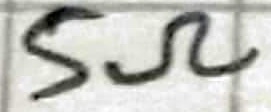
Text: 5Ω